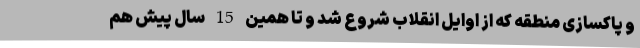
و پاکسازی منطقه که از اوایل انقلاب شروع شد و تا همین 15 سال پیش هم